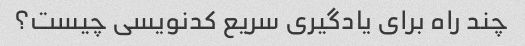
چند راه برای یادگیری سریع کدنویسی چیست؟